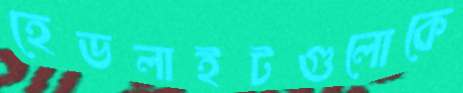
হেডলাইটগুলোকে